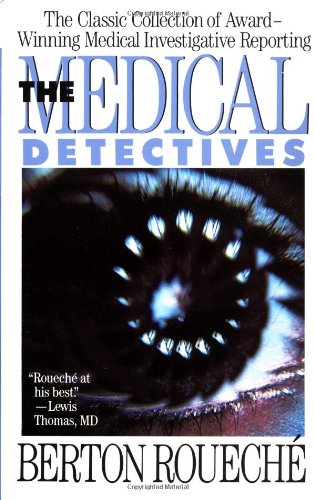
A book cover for The Medical Detectives (Truman Talley); Berton Roueche; Medical Books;